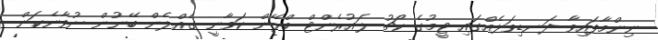
ނިންމާފައިވާ ދަނޑިވަޅެއްގައި ޓީމުގެ ކޯޗު ލައުރެންޓް ބްލޭން ކަވާނީ ގެއްލެން ބޭނުން ނުވާނެކަން